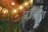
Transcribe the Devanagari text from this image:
प्लगिंग